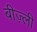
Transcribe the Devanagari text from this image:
बीज़्ली